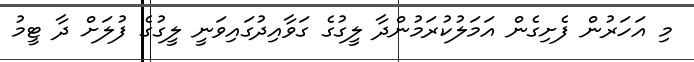
މި އަހަރުން ފެށިގެން އަމަލުކުރަމުންދާ ލީގުގެ ގަވާއިދުގައިވަނީ ލީގުގެ ފުލަށް ދާ ޓީމު